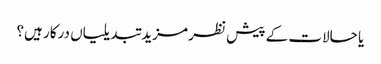
یا حالات کے پیش نظر مزید تبدیلیاں درکار ہیں؟